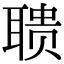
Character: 聩